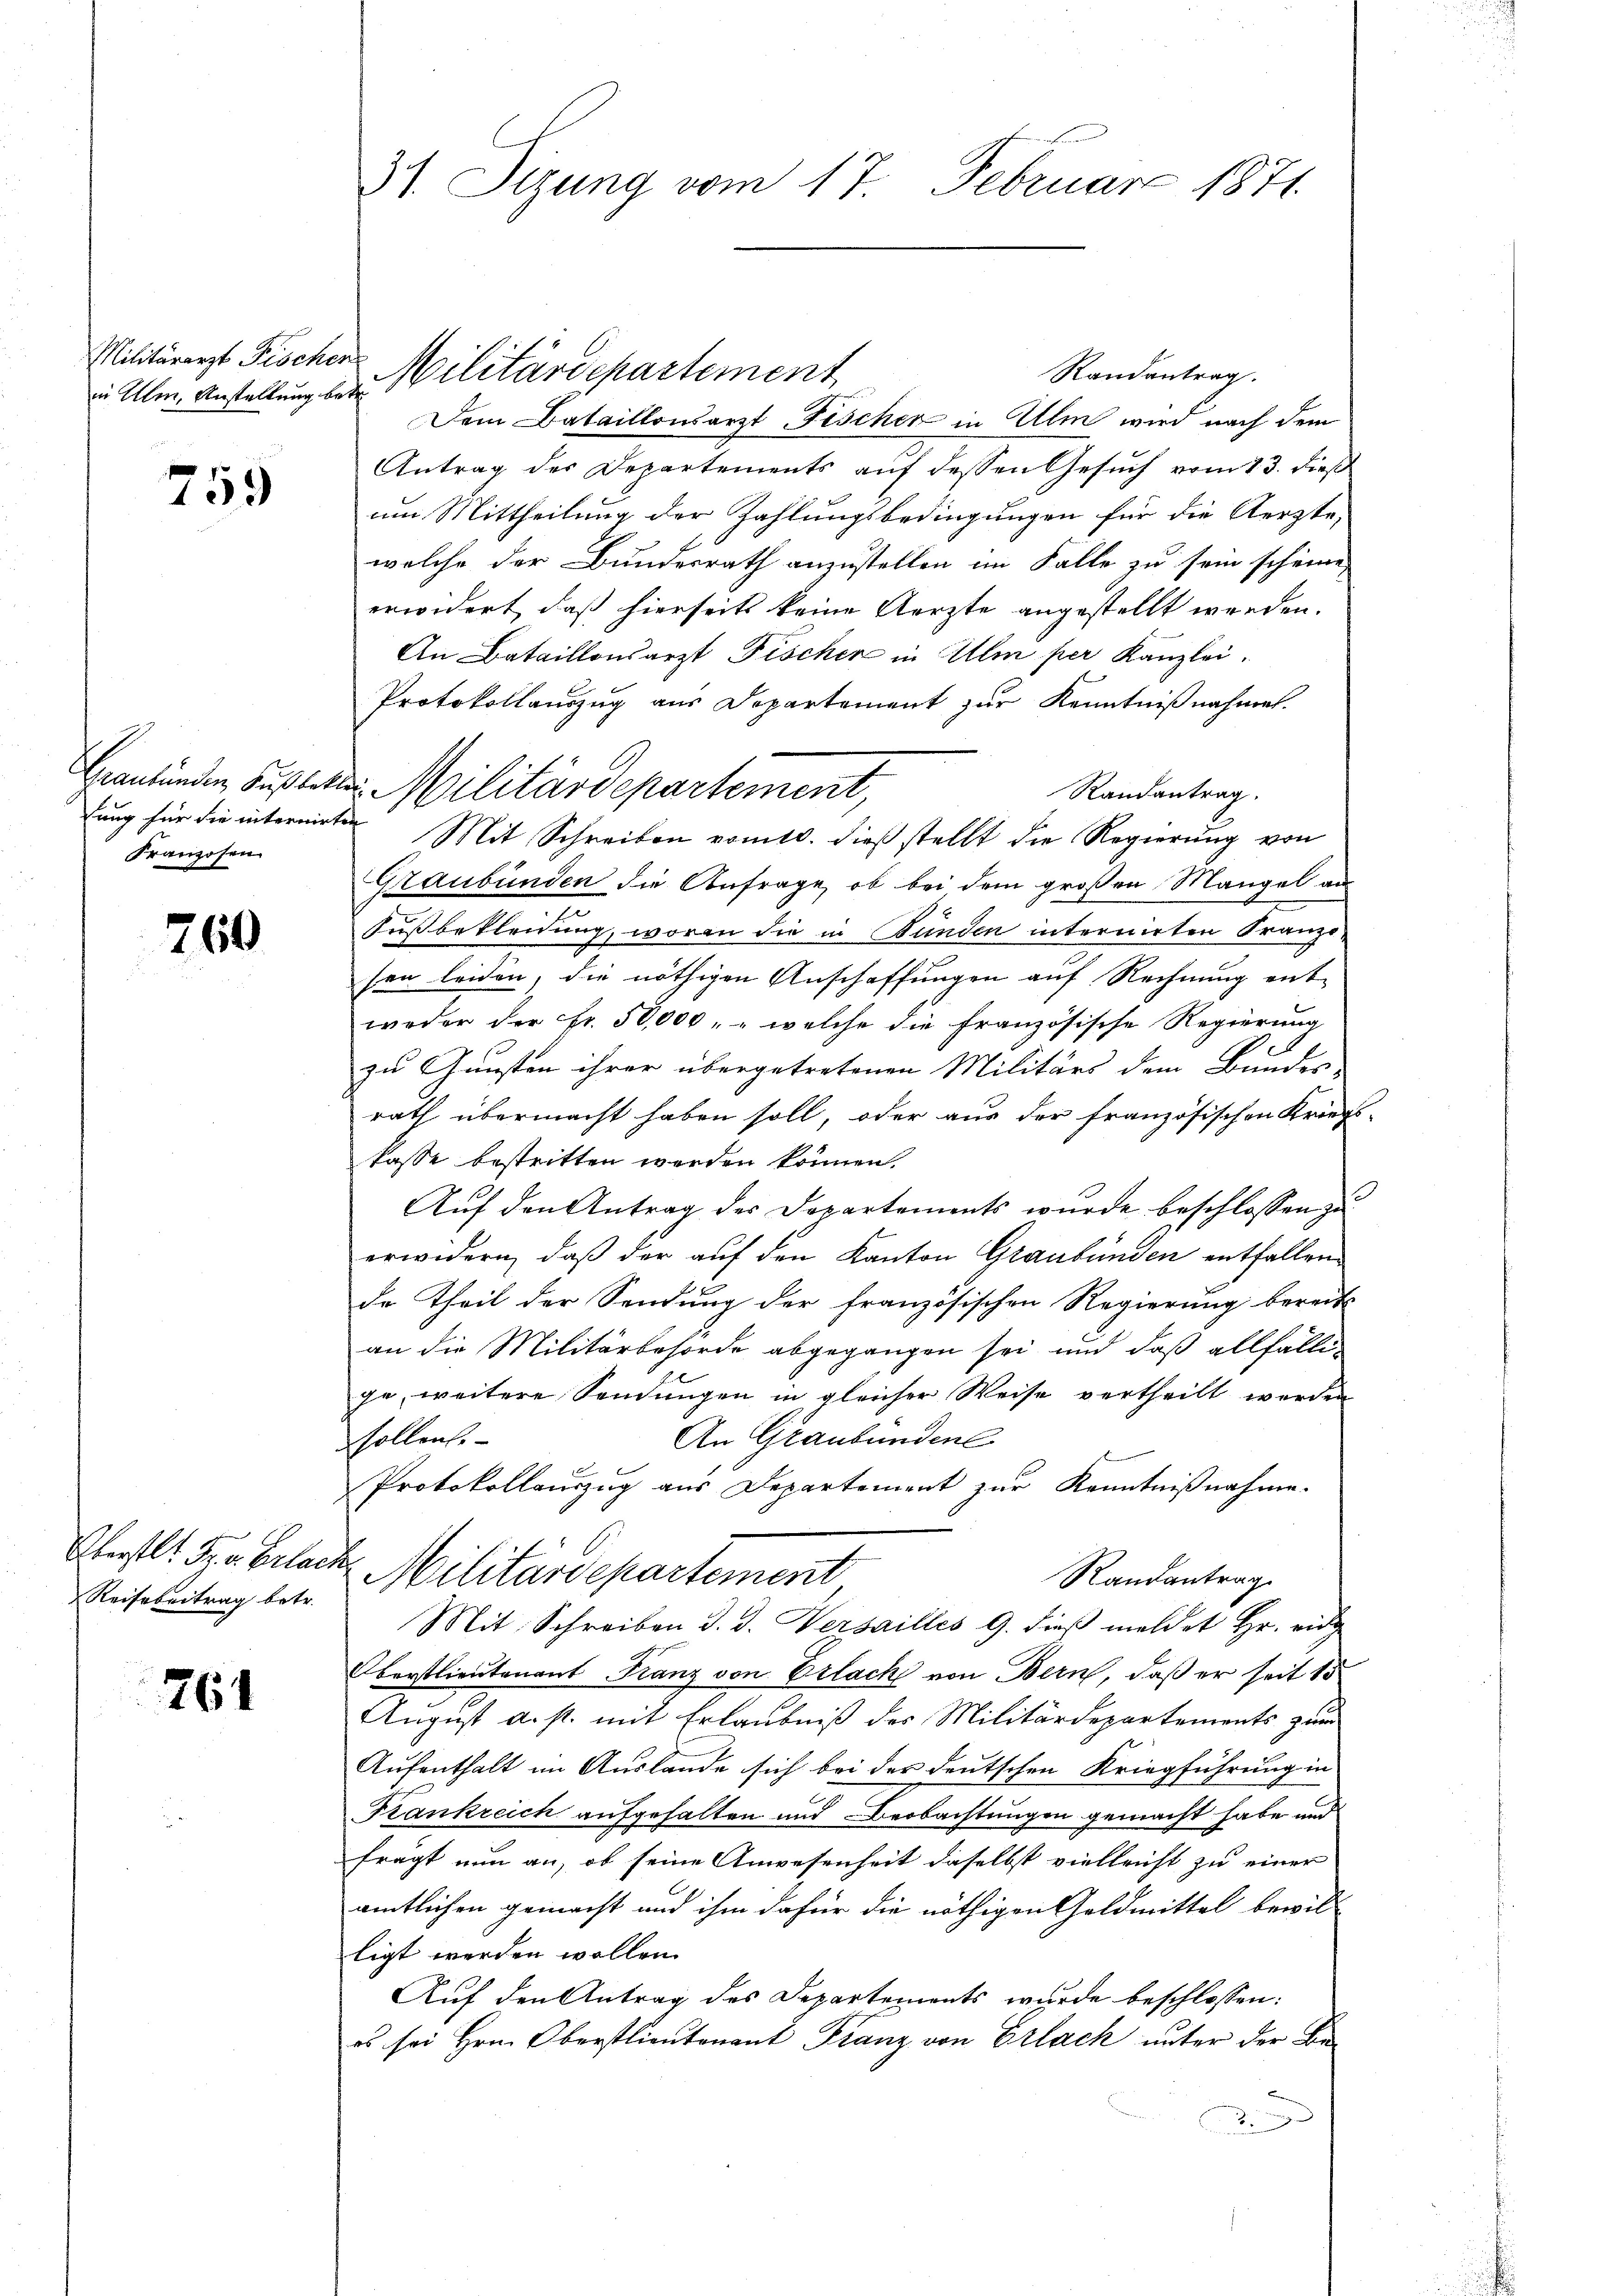
in Ulm, Anstellung betr

759

Graubünden Fußbett
lung für die internir
Franzosen

760

Eberstet. In Erlac
Reise beitrag betr.

761

31. Sizung vom 17. Februar 1871

Randantrag.
Dem Bataillonsarzt Fischer in Ulm wird nach dem
Antrag des Departements aŭf dessen Gesŭch vom 13. dieß
um Mittheilung der Zahlungsbedingungen für die Aerzte,
welche der Bundesrath anzustellen im Falle zu sein scheine,
erwidert, daß hierseits keine Aerzte angestellt werden.
An Bataillonsarzt Fischer in Ulm per Kanzlei.
Protokollauszug aus Departement zur Kenntnißnahmet.
 Militärdepartement,
Randantrag.
in Mit Schreiben vomtl. dieß stellt die Regierung von
Graubünden die Anfrage, ob bei dem großen Mangel an
Fußbekleidung, woran die in Bunden internirten Franzofen leiden, die nöthigen Anschaffungen auf Rechnung entweder der Fr. 50,000, „ welche die französische Regierung
zu Gunsten ihrer übergetretenen Militärs dem Bunder
rath übermacht haben soll, oder aus der französischen Kriegs-
kasse bestritten werden können.
Auf den Antrag des Departements wurde beschlossen zu
erwidern, daß der auf den Kanton Graubünden entfallen.
de Theil der Sendung der französischen Regierung bereits
an die Militärbehörde abgegangen sei und daß allfälle
ge, weitere Sendungen in gleicher Weise vertheilt werden
An Graubündenl
sollen.
Protokollauszug aus Departement zur Kenntnißnahme.
½. Militärdepartement
Randantrag
Mit Schreiben d. d. Versailles 9. dieβ meldet Hr. eid
Oberstlieutenant Franz von Erlack von Bern, daß er seit 15
August a. st. mit Erlaubniß des Militärdepartements zum
Aufenthalt im Auslande sich bei der deutschen Kriegführung in
Frankreich aufgehalten und Beobachtungen gemacht habe und
fragt nun an, ob seine Anwesenheit daselbst vielleicht zu einer
amtlichen gemacht und ihm dafür die nöthigen Geldmittel bewil
ligt werden wollen.
Auf den Antrag des Departements wurde beschlossen:
es sei Hrn. Oberstlieutenant Franz von Erlach unter der Be¬
1

Militärerst Fischer Militärdepartement